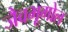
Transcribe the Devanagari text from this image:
जैवभूगोल